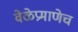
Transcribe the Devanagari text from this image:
वेळेप्रमाणेच